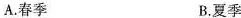
A.春季 B.夏季